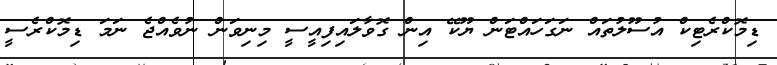
ޑިމޮކްރެޓިކް އުސޫލުތައް ނަގަހައްޓަން ޔޫކޭ އިން ގޮވާލައިފިއީސީ މިނިވަން ނުވެއްޖެ ނަމަ ޑިމޮކްރެސީ